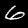
Label: 6